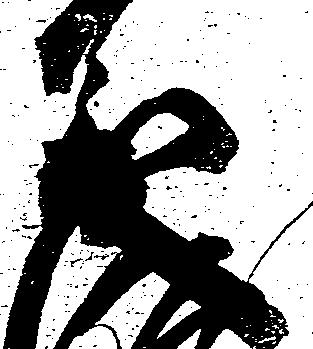
義